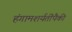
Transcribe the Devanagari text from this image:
हंगामशर्यतींपैकी